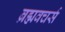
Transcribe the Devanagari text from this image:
ब्रह्मवचर्स